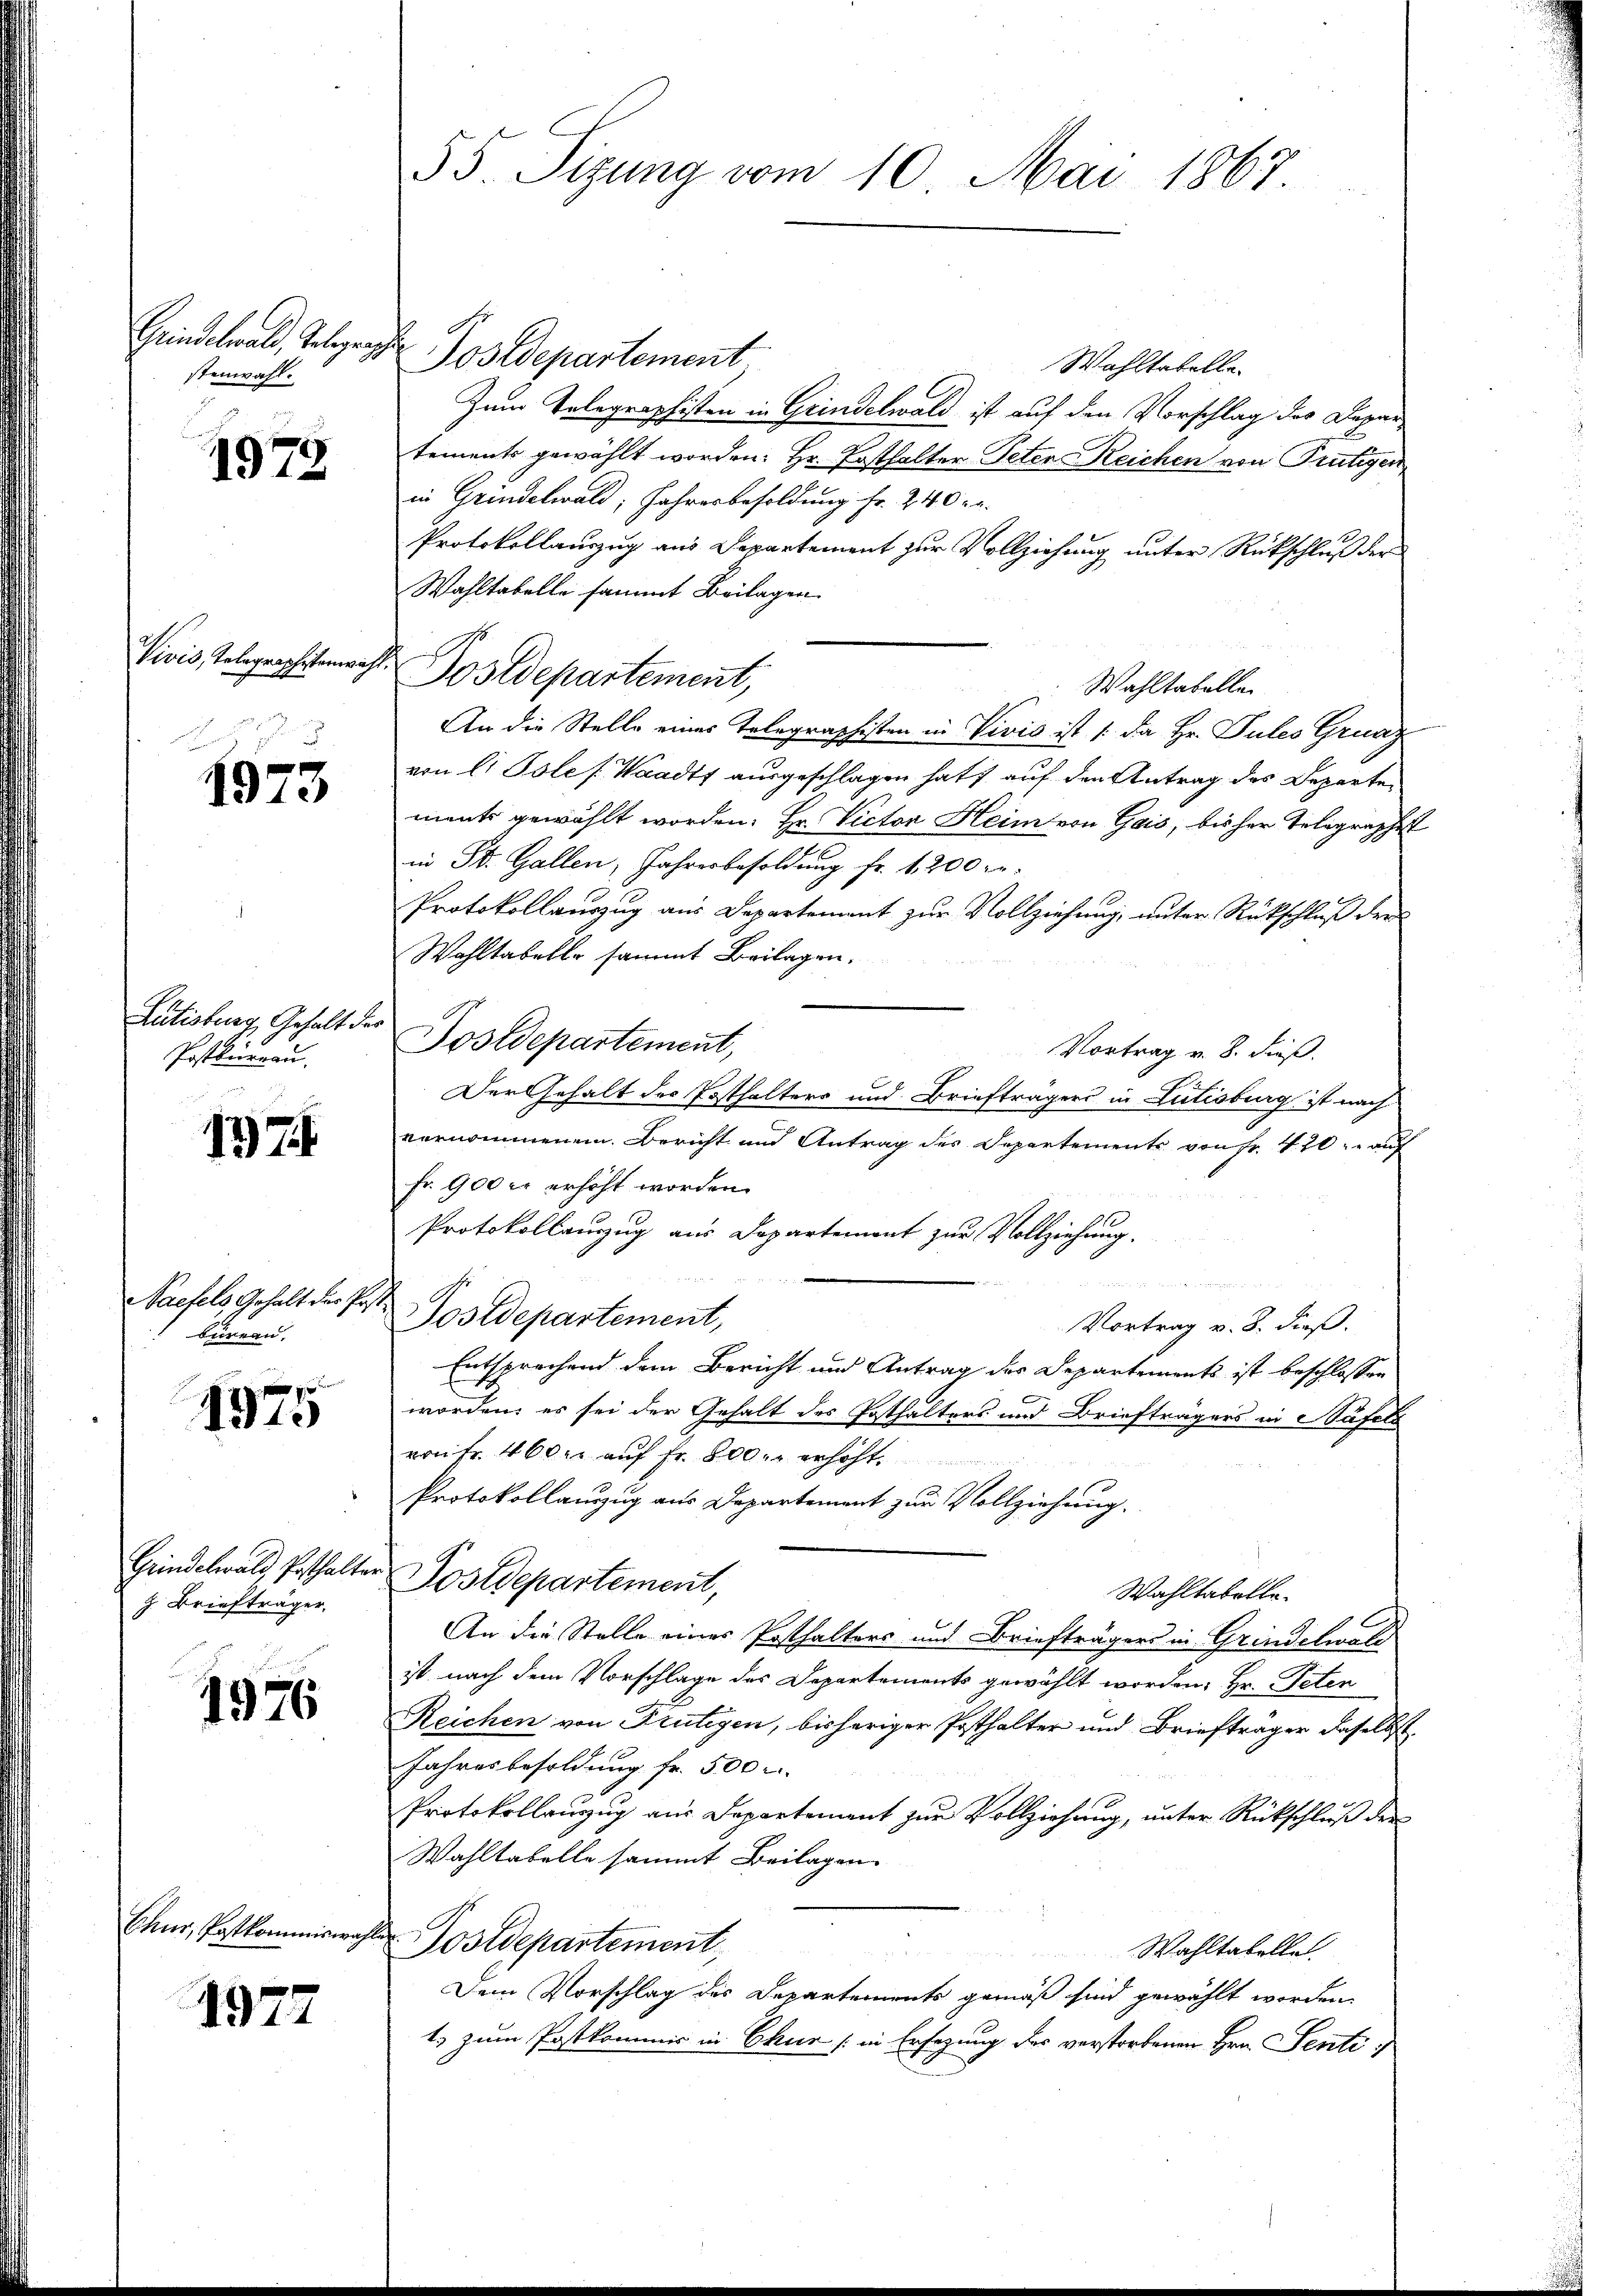
stenwahl.

1972

Vivis, Telegraphisten,

1973

Lutisburg, Gehalt der
Postkureau.

1375.

Naefels Gehalt der Pr
büreau.

1975

Grindelwald, Posthalz. Briefträger

1976

Chur, Paskommiswa

1972

55. Sizung vom 10. Mai 1867

Grindelwald, Telegraf Postdepartement
Wahltatelle.
Zum Telegraphisten in Grindelwald ist auf den Vorschlag des Departements gewählt worden: Hr. Posthalter Peten Reichen von Frutigen
in Grindelwald, Jahresbesoldung Fr. 240 kr.
Protokollauszug aus Departement zur Vollziehung unter Rückschluß der
Wahltabelle sammt Beilagen.
d. Postdepartement,
Wahltabellen
An die Stelle eines Telegraphisten in Vivić ist /: da Hr. Pules Grunz
von L. Pole [Waadt ausgeschlagen hat, auf den Antrag des Departen
ments gewählt worden. Er Victor Heim von Gais, bisher Telegraphet
in St. Gallen, Jahresbesoldung fr. 1200 re
Protokollauszug aus Departement zur Vollziehung, unter Rückschluß der
Wahltabelle sammt Beilagen.
Postdepartement,
Vortrag v. 8. dieß.
Der Gehalt des Posthalters und Briefträgers in Lutisburg ist nach
vernommenem Bericht und Antrag des Departements von Fr. 420, auf
fr. 900 er erhöht worden.
Protokollauzug aus Departement zur Vollziehung.
.
2
Postdepartement,
Vortrag v. 8. dieß.
Entsprechend dem Bericht und Antrag der Departements ist beschlossen
worden, es sei der Gehalt des Posthalters und Briefträgers in Stäfels
von fr. 400 r. auf Fr. 800. erhöht.
Protokollauszug aus Departement zur Vollziehung.
e
Postdepartement,
Wahltabelle.
1
An die Stelle eines Posthalters und Briefträgers in Grindelwald
ist nach dem Vorschlage des Departements gewählt worden, Hr. Peten
Reichen von Frutigen, bisheriger Posthalter und Briefträger daselbst
Jahresbesoldung fr. 500
Protokollauszug aus Departement zur Vollziehung, unter Rückschluß der
Wahltabelle sammt Beilagen
ch
Postdepartement,
Wahltabellel
Dem Vorschlag des Departements gemäß sind gewählt worden
1. zum Postkommis in Chur / in Ersezung des verstorbenen Hrn. Senti